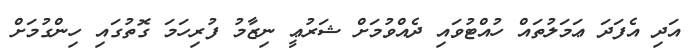
އަދި އެފަދަ ޢަމަލުތައް ހުއްޓުވައި ދެއްވުމަށް ޝަރުޢީ ނިޒާމު ފުރިހަމަ ގޮތުގައި ހިންގުމަށް